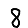
Digit: 8